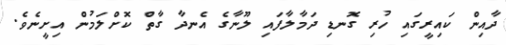
ދާއިން ކައިރީގައި ހުރި ގޮނޑި ދަމާލާފައި ލޫނާގެ އެނދާ ގާތް ކޮށްލަމުން އިށީނެވެ.